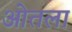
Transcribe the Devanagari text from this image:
ओतला